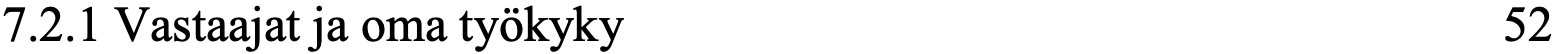
7.2.1 Vastaajat ja oma työkyky                    52